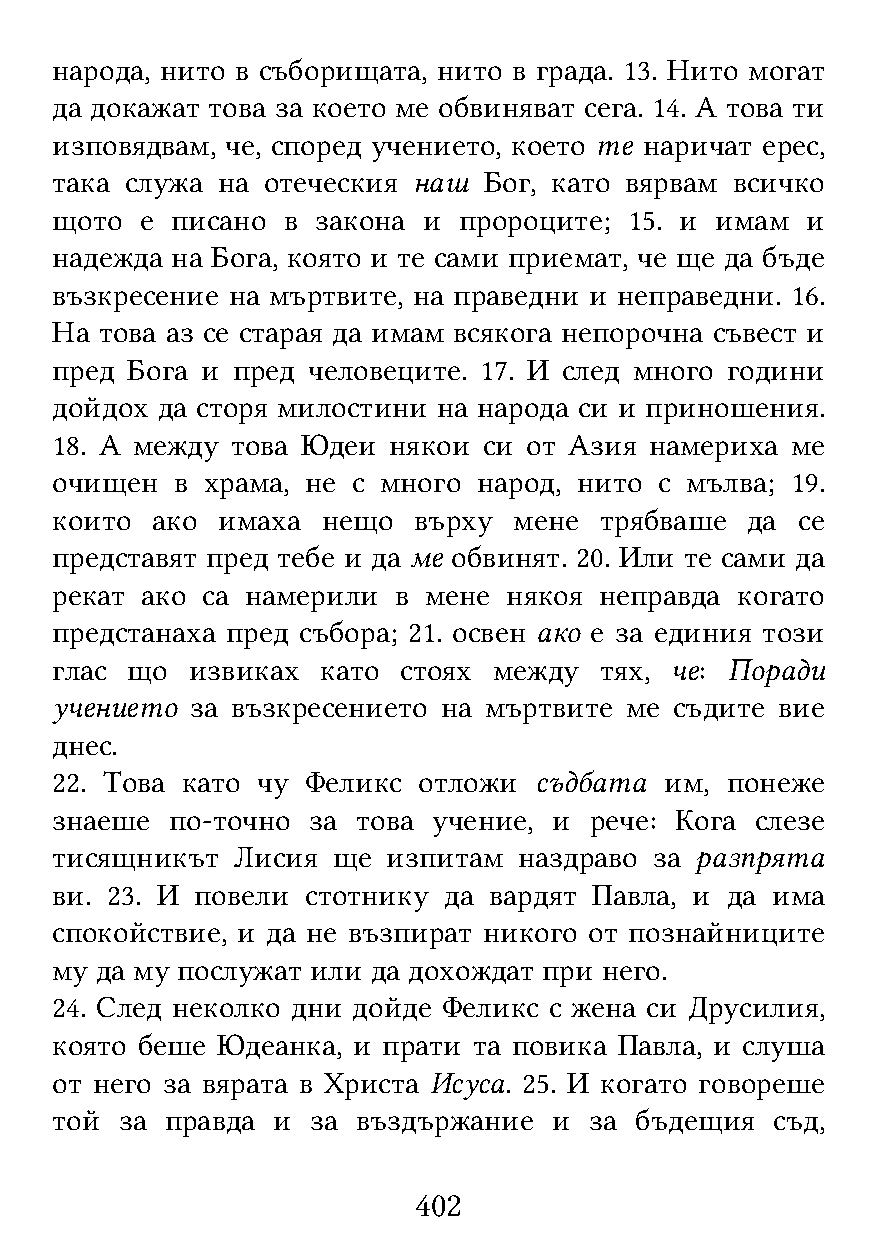
народа, нито в съборищата, нито в града. 13. Нито могат
 да докажат това за което ме обвиняват сега. 14. А това ти
 изповядвам, че, според учението, което те наричат ерес,
 така служа на отеческия наш  Бог, като вярвам всичко
 щото  е писано  в закона и пророците;  15. и имам и
 надежда на Бога, която и те сами приемат, че ще да бъде
 възкресение на мъртвите, на праведни и неправедни. 16.
 На  това аз се старая да имам всякога непорочна съвест и
 пред Бога и пред человеците. 17. И след много години
 дойдох да сторя милостини на народа си и приношения.
 18. А между това Юдеи  някои си от Азия намериха ме
 очищен   в храма, не с много народ, нито с мълва; 19.
 които  ако имаха  нещо  върху  мене  трябваше да  се
 представят пред тебе и да ме обвинят. 20. Или те сами да
 рекат ако са намерили  в мене  някоя неправда когато
 предстанаха пред събора; 21. освен ако е за единия този
 глас що  извиках  като стоях  между  тях, че: Поради
 учението  за възкресението на мъртвите ме съдите вие
 днес.
 22. Това като чу Феликс  отложи съдбата  им, понеже
 знаеше  по-точно за  това учение, и рече: Кога слезе
 тисящникът  Лисия  ще  изпитам наздраво за разпрята
 ви. 23. И повели стотнику да вардят Павла, и да има
 спокойствие, и да не възпират никого от познайниците
 му да му послужат или да дохождат при него.
 24. След неколко дни дойде Феликс с жена си Друсилия,
 която беше Юдеанка, и прати та повика Павла, и слуша
 от него за вярата в Христа Исуса. 25. И когато говореше
 той  за правда и  за въздържание  и за бъдещия  съд,
 402